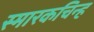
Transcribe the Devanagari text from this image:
स्मारकचिन्ह